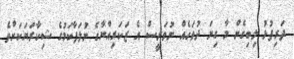
ދަރިފުޅު ލިބިގެން މާ ގިނަ ދުވަހެއް ނުވަނީސް އެ ޒަކަރިއްޔާގެ ނުލަފާކަމުގެ ޝިކާރަޔަކަށްވެ